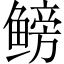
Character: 鳑